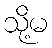
သို့မ